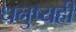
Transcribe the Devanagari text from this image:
धनुष्यही